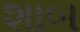
શાબ